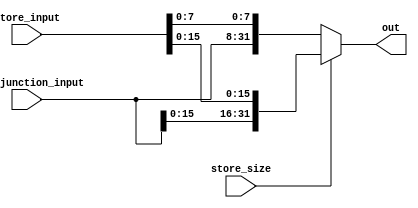
module store_size_control(
  input wire store_size, // fio azul
  input wire [31:0] store_input, // vem de B
  input wire [23:0] byte_junction_input, // vem do load_size_control
  output wire [31:0] out // vai pra memoria
);

  assign out = (store_size == 0) ? {{byte_junction_input}, {store_input[7:0]}} :
               {{byte_junction_input[15:0]}, store_input[15:0]};

endmodule